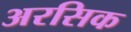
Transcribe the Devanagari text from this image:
अरसिक